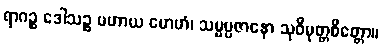
ရာဂဉ္စ ဒေါသဉ္စ ပဟာယ မောဟံ၊ သမ္မပ္ပဇာနော သုဝိမုတ္တစိတ္တော။